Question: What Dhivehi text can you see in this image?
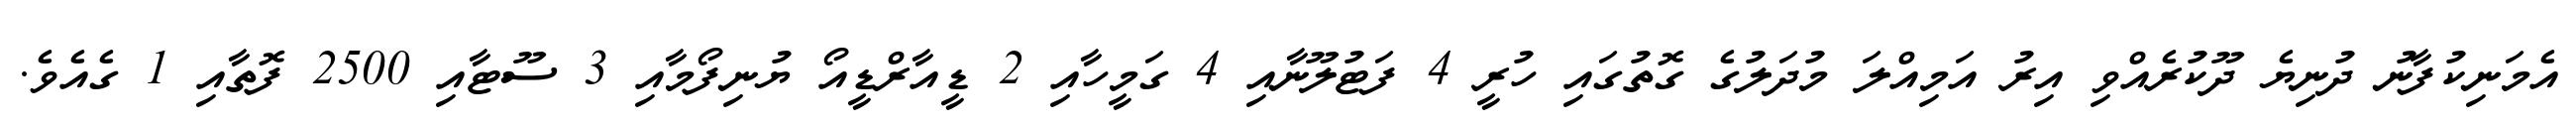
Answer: އެމަނިކުފާނު ދުނިޔެ ދޫކުރެއްވި އިރު އަމިއްލަ މުދަލުގެ ގޮތުގައި ހުރީ 4 ފަޓުލޫނާއި 4 ގަމީހާއި 2 ޑީއާރްޑީއޯ ޔުނިފޯމާއި 3 ސޫޓާއި 2500 ފޮތާއި 1 ގެއެވެ.